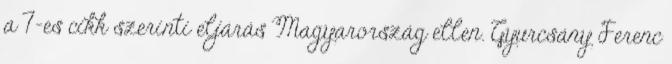
a 7-es cikk szerinti eljárás Magyarország ellen. Gyurcsány Ferenc